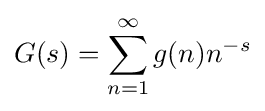
G(s)=\sum _{n=1}^{\infty }g(n)n^{-s}